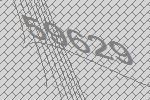
59629